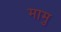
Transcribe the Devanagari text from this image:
मामु